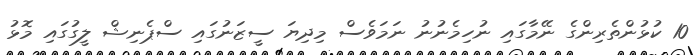
10 ކުޅުންތެރިންގެ ނޭމާގައި ނުހިމެނުނު ނަމަވެސް މިދިޔަ ސީޒަނުގައި ސްޕެނިޝް ލީގުގައި މޮޅު